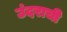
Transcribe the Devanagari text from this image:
उंदराची